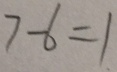
7 - 6 = 1